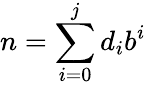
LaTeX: n=\sum_{i=0}^{j}d_{i}b^{i}